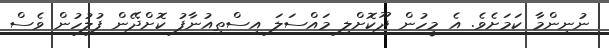
ނުނިންމާ ކަމަށެވެ. އެ މީހުން ދޫކޮށްލި މައްސަލަ އިސްތިއުނާފު ކޮށްދޭން ފުލުހުން ވެސް